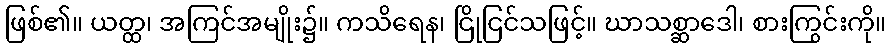
ဖြစ်၏။ ယတ္ထ၊ အကြင်အမျိုး၌။ ကသိရေန၊ ငြိုငြင်သဖြင့်။ ဃာသစ္ဆာဒေါ၊ စားကြွင်းကို။